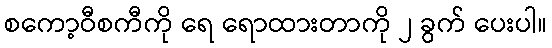
စကော့ဝီစကီကို ရေ ရောထားတာကို ၂ ခွက် ပေးပါ။